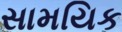
સામયિક